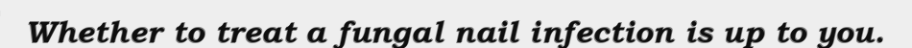
Whether to treat a fungal nail infection is up to you.